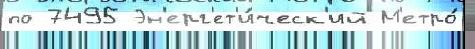
по 7495 Эн'ерг'ет'и́ческ'ий М'етро́